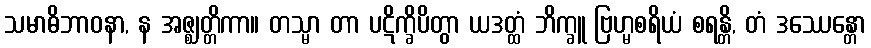
သမာဓိဘာဝနာ, န အဇ္ဈတ္တိကာ။ တသ္မာ တာ ပဋိက္ခိပိတွာ ယဒတ္ထံ ဘိက္ခူ ဗြဟ္မစရိယံ စရန္တိ, တံ ဒဿေန္တော